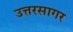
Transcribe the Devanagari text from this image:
उत्तरसागर